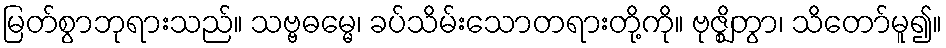
မြတ်စွာဘုရားသည်။ သဗ္ဗဓမ္မေ၊ ခပ်သိမ်းသောတရားတို့ကို။ ဗုဇ္ဈိတွာ၊ သိတော်မူ၍။